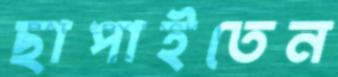
ছাপাইতেন